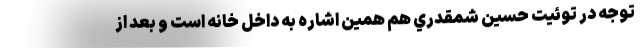
توجه در توئيت حسين شمقدري هم همين اشاره به داخل خانه است و بعد از